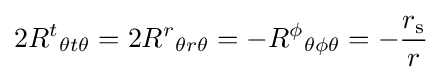
2R^{t}{}_{\theta t\theta }=2R^{r}{}_{\theta r\theta }=-R^{\phi }{}_{\theta \phi \theta }=-{\frac {r_{\text{s}}}{r}}